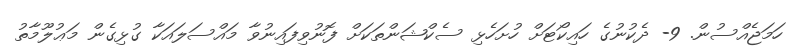
ހަމަޖެއްސުން. 9- ދެކުނުގެ ހައިކޯޓަށް ހުށަހެޅި ސެކްޝަންތަކަށް ފޮނުވިފައިނުވާ މައްސަލައަކާ ގުޅިގެން މަޢުލޫމާތު